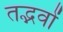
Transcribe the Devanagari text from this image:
तद्भवों